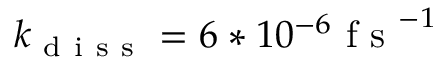
k _ { \mathrm { ~ d ~ i ~ s ~ s ~ } } = 6 * 1 0 ^ { - 6 } \mathrm { ~ f ~ s ~ } ^ { - 1 }